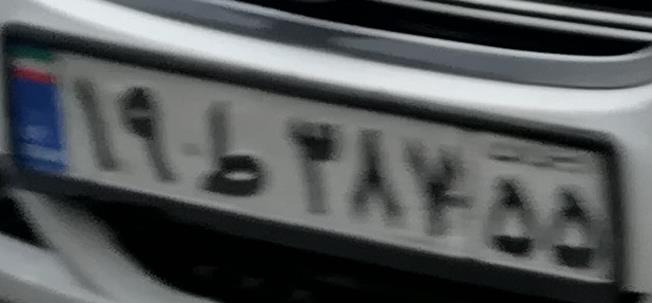
۱۹ط۳۸۴۵۵